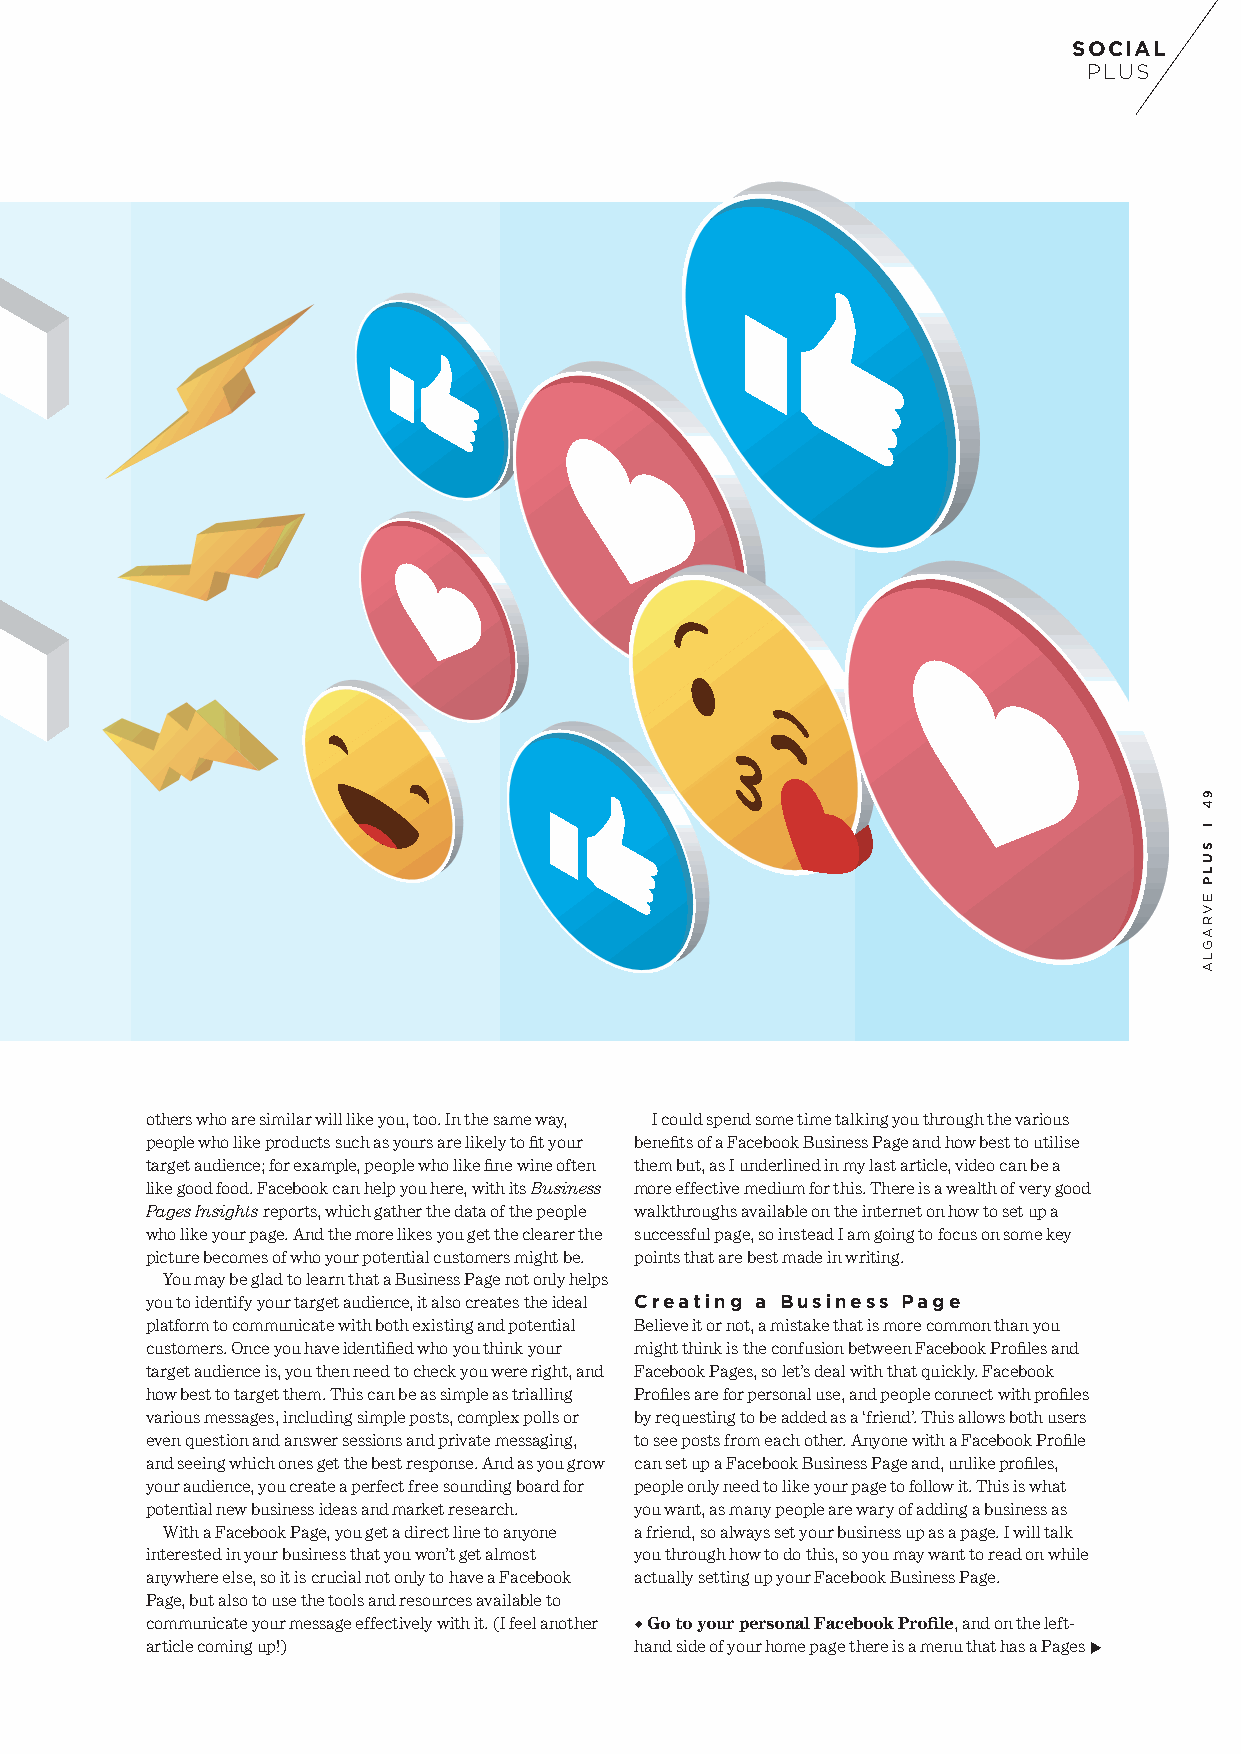
SOCIAL
 PLUS
 B u i l d i n g
 a b e t t e r
 B U S I N E S S
 others who are similar will like you, too. In the same way, I could spend some time talking you through the various
 people who like products such as yours are likely to fit your benefits of a Facebook Business Page and how best to utilise
 target audience; for example, people who like fine wine often them but, as I underlined in my last article, video can be a
 like good food. Facebook can help you here, with its Business more effective medium for this. There is a wealth of very good
 Pages Insights reports, which gather the data of the people walkthroughs available on the internet on how to set up a
 who like your page. And the more likes you get the clearer the successful page, so instead I am going to focus on some key
 picture becomes of who your potential customers might be. points that are best made in writing.
 You may be glad to learn that a Business Page not only helps
 you to identify your target audience, it also creates the ideal Creating a Business Page
 platform to communicate with both existing and potential Believe it or not, a mistake that is more common than you
 customers. Once you have identified who you think your might think is the confusion between Facebook Profiles and
 target audience is, you then need to check you were right, and Facebook Pages, so let’s deal with that quickly. Facebook
 how best to target them. This can be as simple as trialling Profiles are for personal use, and people connect with profiles
 various messages, including simple posts, complex polls or by requesting to be added as a ‘friend’. This allows both users
 even question and answer sessions and private messaging, to see posts from each other. Anyone with a Facebook Profile
 and seeing which ones get the best response. And as you grow can set up a Facebook Business Page and, unlike profiles,
 your audience, you create a perfect free sounding board for people only need to like your page to follow it. This is what
 potential new business ideas and market research. you want, as many people are wary of adding a business as
 With a Facebook Page, you get a direct line to anyone a friend, so always set your business up as a page. I will talk
 interested in your business that you won’t get almost you through how to do this, so you may want to read on while
 anywhere else, so it is crucial not only to have a Facebook actually setting up your Facebook Business Page.
 Page, but also to use the tools and resources available to
 communicate your message effectively with it. (I feel another  Go to your personal Facebook Profile, and on the left-
 article coming up!)             hand side of your home page there is a menu that has a Pages
 94
 l
 SULP
 EVRAGLA